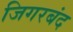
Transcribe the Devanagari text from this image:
जिगरबंद